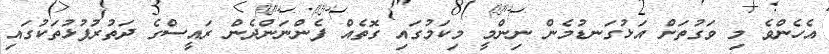
އެހެންވެ މި ވަގުތަށް އަޅުގަނޑުމެން ނިންމީ މިކަމުގައި ގޮތެއް ފެންނަންދެން ރައީސްގެ ދަތުރުފުޅުތަކުގައި